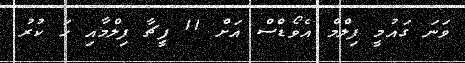
ވަނަ ގައުމީ ފިލްމް އެވޯޑްސް އަށް 11 ފީޗާ ފިލްމާއި ހަ ކުރު